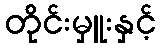
တိုင်းမှူးနှင့်